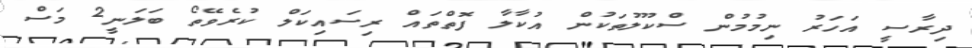
ދިރާސީ އަހަރު ނިމުމުން ސްކޫލުތަކުން އުކާލާ ފޮތްތައް ރިސައިކަލް ކުރެވޭތޯ ބަލަނީ2 މަސް